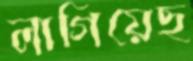
লাগিয়েছ